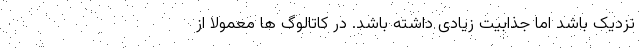
نزدیک باشد اما جذابیت زیادی داشته باشد. در کاتالوگ ها معمولاً از